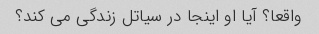
واقعا؟ آیا او اینجا در سیاتل زندگی می کند؟